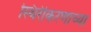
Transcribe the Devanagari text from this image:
स्थिरीकरणाच्या